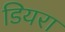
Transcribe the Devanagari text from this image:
डियरा